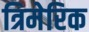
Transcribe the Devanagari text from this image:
त्रिमेरिक